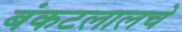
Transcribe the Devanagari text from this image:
बंकटलालचे